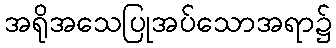
အရိုအသေပြုအပ်သောအရာ၌